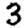
Digit: 3